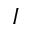
\boldsymbol { I }